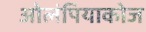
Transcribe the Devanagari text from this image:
ओलंपियाकोज